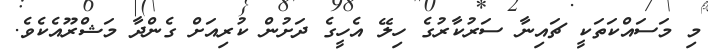
މި މަސައްކަތަކީ ޗައިނާ ސަރުކާރުގެ ހިލޭ އެހީގެ ދަށުން ކުރިއަށް ގެންދާ މަޝްރޫއެކެވެ.